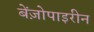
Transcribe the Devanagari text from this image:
बेंज़ोपाइरीन